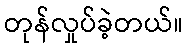
တုန်လှုပ်ခဲ့တယ်။